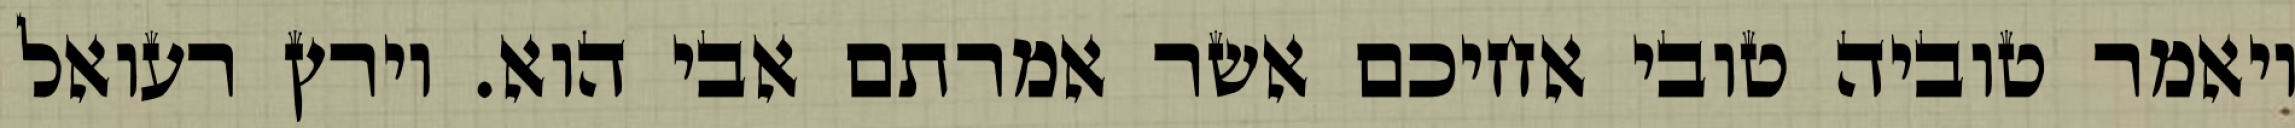
ויאמר טוביה טובי אחיכם אשר אמרתם אבי הוא. וירץ רעואל